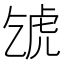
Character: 𧆦